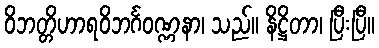
ဝိဘတ္တိဟာရဝိဘင်္ဂဝဏ္ဏနာ၊ သည်။ နိဋ္ဌိတာ၊ ပြီးပြီ။